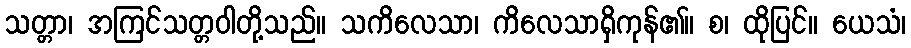
သတ္တာ၊ အကြင်သတ္တဝါတို့သည်။ သကိလေသာ၊ ကိလေသာရှိကုန်၏။ စ၊ ထိုပြင်။ ယေသံ၊